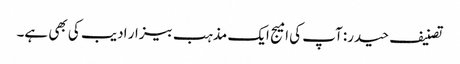
تصنیف حیدر: آپ کی امیج ایک مذہب بیزار ادیب کی بھی ہے۔